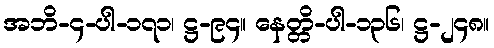
အဘိ-၄-ပါ-၁၇၁၊ ဋ္ဌ-၉၄။ နေတ္တိ-ပါ-၁၃၆၊ ဋ္ဌ-၂၄၈။